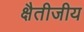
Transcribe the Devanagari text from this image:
क्षैतीजीय